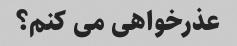
عذرخواهی می کنم؟